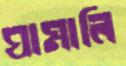
ঘামালি